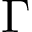
\Gamma